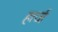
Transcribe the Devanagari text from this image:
हर्त्ज